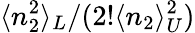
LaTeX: \langle n_{2}^{2}\rangle_{L}/(2!\langle n_{2}\rangle_{U}^{2})